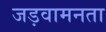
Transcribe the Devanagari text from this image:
जड़वामनता